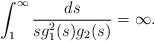
\begin{align*} \int_1^\infty \frac{ds}{s g_1^2(s)g_2(s)} =\infty.\end{align*}